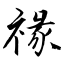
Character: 禒